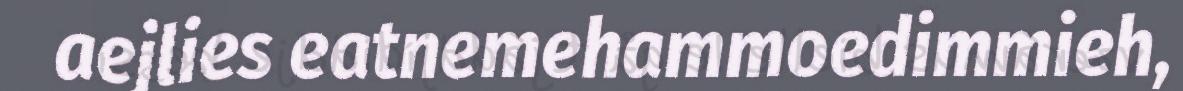
aejlies eatnemehammoedimmieh,